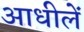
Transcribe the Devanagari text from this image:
आधीलें